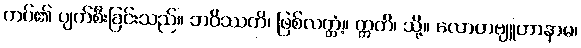
ကပ်၏ ပျက်စီးခြင်းသည်။ ဘဝိဿတိ၊ ဖြစ်လတ္တံ့။ ဣတိ၊ သို့။ လောဟဗျူဟာနာမ၊